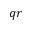
q r